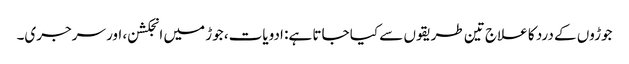
جوڑوں کے درد کا علاج تین طریقوں سے کیا جاتا ہے: ادویات، جوڑ میں انجکشن، اور سرجری۔